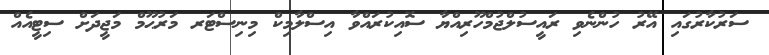
ސަރުކާރުގައި އޭރު ހުންނެވި ރައީސުލްޖުމްހޫރިއްޔާ ސޮއިކުރައްވާ އިސްލާމިކް މިނިސްޓަރ މަރުޙޫމް މަޖީދަށް ސިޓީއެއް